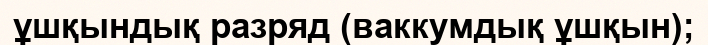
ұшқындық разряд (ваккумдық ұшқын);